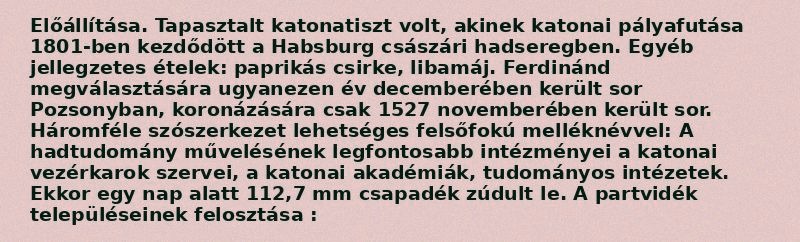
Előállítása. Tapasztalt katonatiszt volt, akinek katonai pályafutása 1801-ben kezdődött a Habsburg császári hadseregben. Egyéb jellegzetes ételek: paprikás csirke, libamáj. Ferdinánd megválasztására ugyanezen év decemberében került sor Pozsonyban, koronázására csak 1527 novemberében került sor. Háromféle szószerkezet lehetséges felsőfokú melléknévvel: A hadtudomány művelésének legfontosabb intézményei a katonai vezérkarok szervei, a katonai akadémiák, tudományos intézetek. Ekkor egy nap alatt 112,7 mm csapadék zúdult le. A partvidék településeinek felosztása :